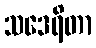
သဒေရိတာ